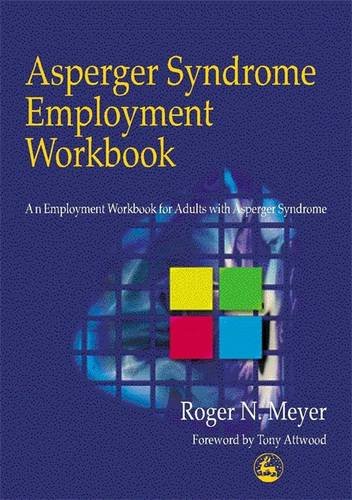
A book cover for Asperger Syndrome Employment Workbook: An Employment Workbook for Adults with Asperger Syndrome; Roger N. Meyer; Law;